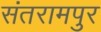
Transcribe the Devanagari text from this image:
संतरामपुर